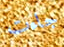
جاءت